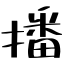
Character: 播